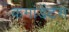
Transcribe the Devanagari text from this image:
कमांडेंटस